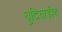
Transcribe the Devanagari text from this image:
घुटियाडीह